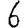
Digit: 6